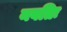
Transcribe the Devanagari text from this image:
नवतिः